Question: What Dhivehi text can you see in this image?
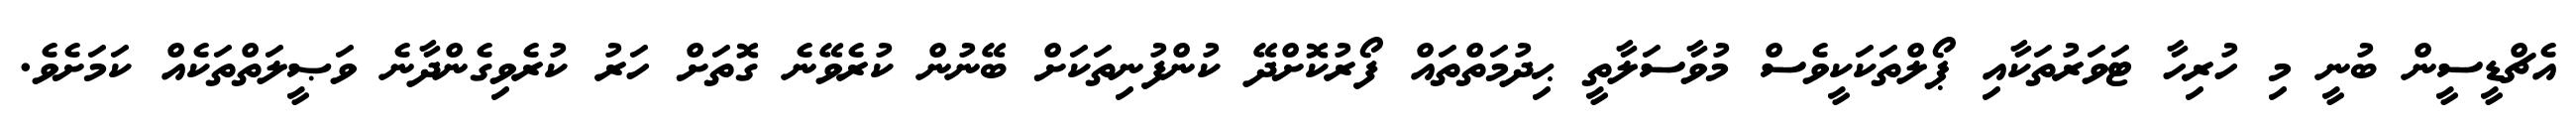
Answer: އެޗްޑީސީން ބުނީ މި ހުރިހާ ޓަވަރުތަކާއި ޕޯލްތަކަކީވެސް މުވާސަލާތީ ޙިދުމަތްތައް ފޯރުކޮށްދޭ ކުންފުނިތަކަށް ބޭނުން ކުރެވޭނެ ގޮތަށް ހަރު ކުރެވިގެންދާނެ ވަޞީލަތްތަކެއް ކަމަށެވެ.